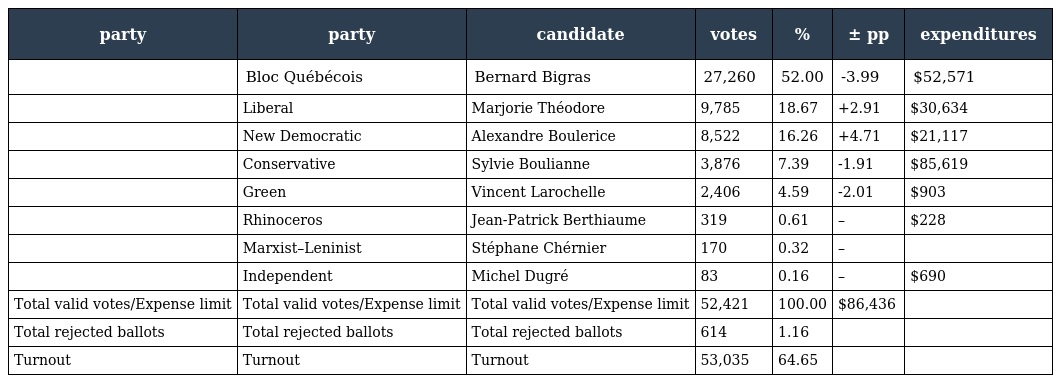
| party | party | candidate | votes | % | ± pp | expenditures |
 | --- | --- | --- | --- | --- | --- | --- |
 |  | Bloc Québécois | Bernard Bigras | 27,260 | 52.00 | -3.99 | $52,571 |
 |  | Liberal | Marjorie Théodore | 9,785 | 18.67 | +2.91 | $30,634 |
 |  | New Democratic | Alexandre Boulerice | 8,522 | 16.26 | +4.71 | $21,117 |
 |  | Conservative | Sylvie Boulianne | 3,876 | 7.39 | -1.91 | $85,619 |
 |  | Green | Vincent Larochelle | 2,406 | 4.59 | -2.01 | $903 |
 |  | Rhinoceros | Jean-Patrick Berthiaume | 319 | 0.61 | – | $228 |
 |  | Marxist–Leninist | Stéphane Chérnier | 170 | 0.32 | – |  |
 |  | Independent | Michel Dugré | 83 | 0.16 | – | $690 |
 | Total valid votes/Expense limit | Total valid votes/Expense limit | Total valid votes/Expense limit | 52,421 | 100.00 | $86,436 |  |
 | Total rejected ballots | Total rejected ballots | Total rejected ballots | 614 | 1.16 |  |  |
 | Turnout | Turnout | Turnout | 53,035 | 64.65 |  |  |